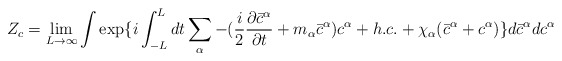
\begin{align*}Z_c= \lim_{L \rightarrow \infty} \int \exp \{i \int_{-L}^{L}dt\sum_{\alpha}-( \frac{i}{2} \frac{ \partial \bar{c}^{\alpha}}{ \partial t}+ m_{\alpha} \bar{c}^{\alpha})c^{\alpha}+ h.c.+\chi_{\alpha}(\bar{c}^{\alpha}+c^{\alpha}) \}d \bar{c}^{\alpha}dc^{\alpha}\end{align*}